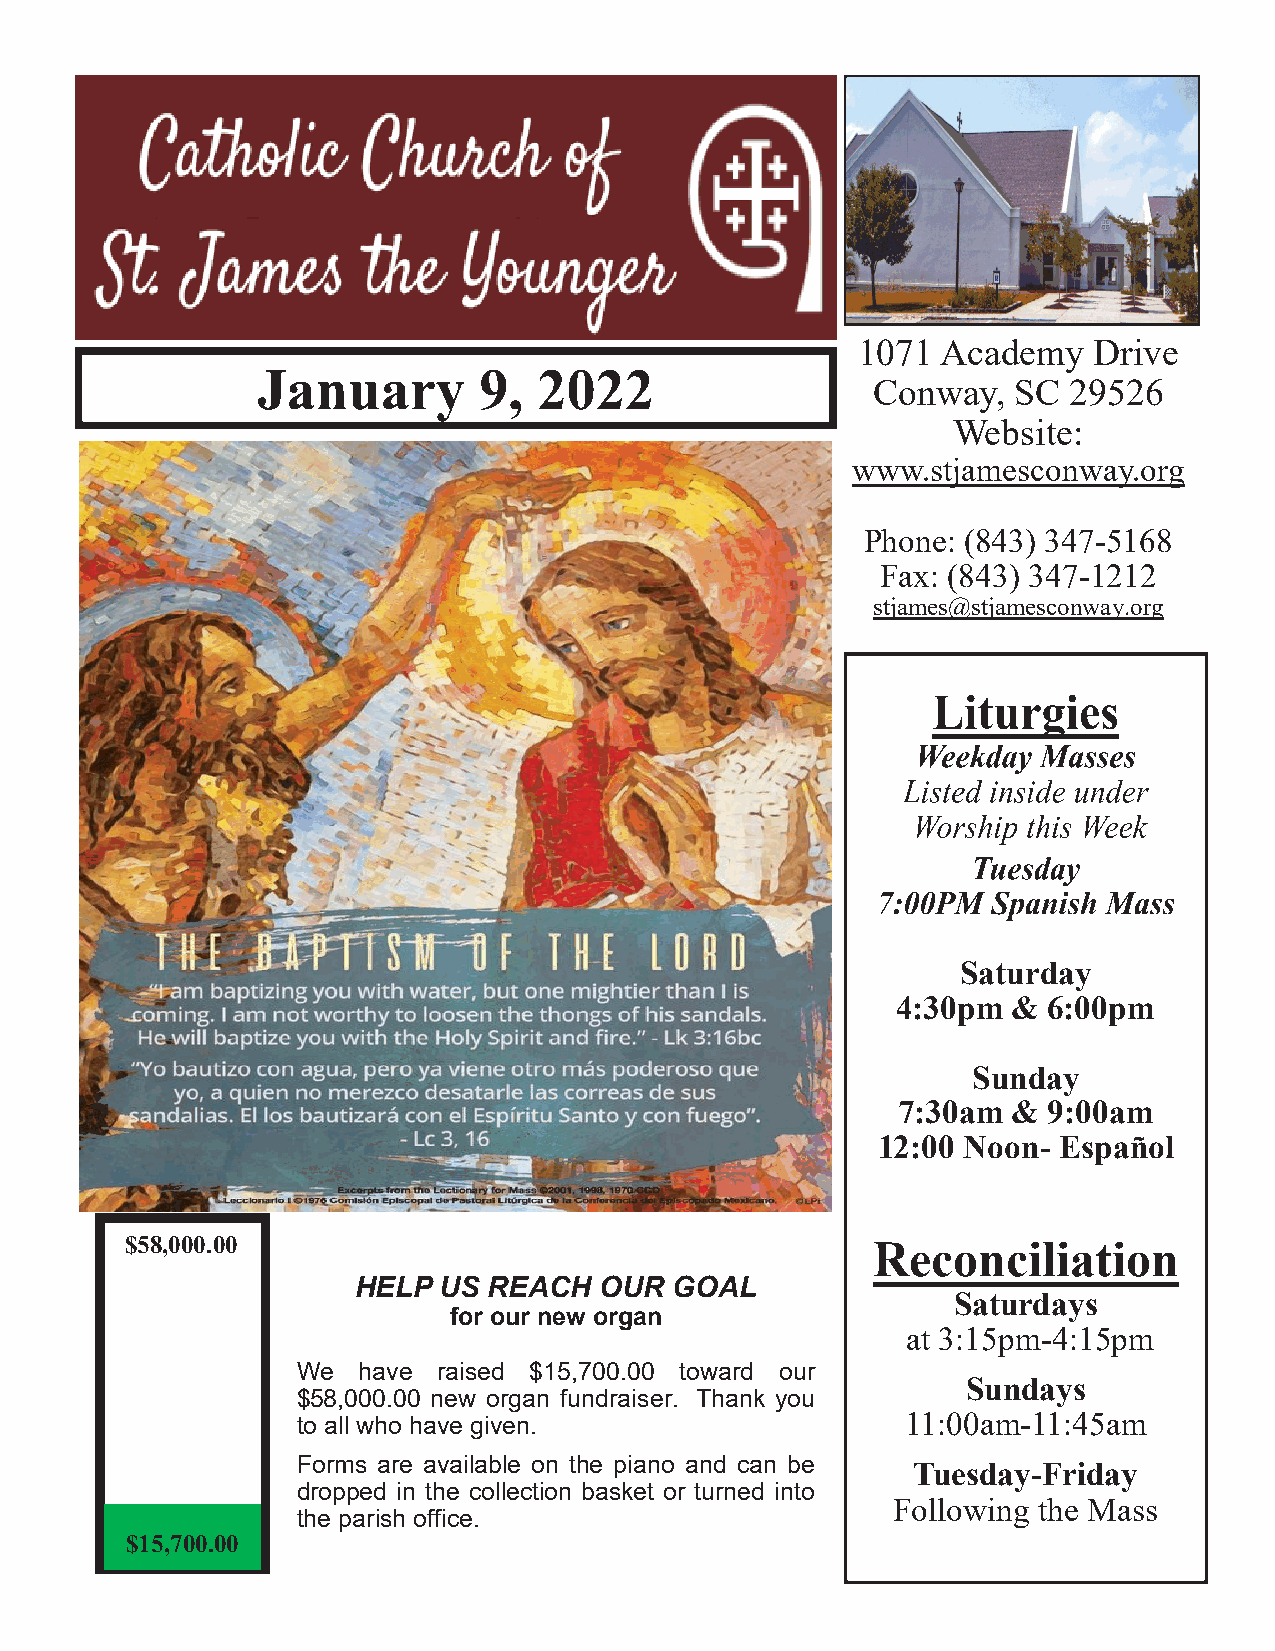
1071 Academy   Drive
 January        9,  2022
 Conway,  SC  29526
 Website:
 www.stjamesconway.org
 Phone: (843) 347-5168
 Fax: (843) 347-1212
 stjames@stjamesconway.org
 Saturday
 4:30pm  & 6:00pm
 Sunday
 7:30am  & 9:00am
 12:00 Noon- Español
 $58,000.00                                        Reconciliation
 HELP  US REACH   OUR  GOAL
 Saturdays
 for our new organ
 at 3:15pm-4:15pm
 We  have raised $15,700.00 toward our
 Sundays
 $58,000.00 new organ fundraiser. Thank you
 to all who have given.                  11:00am-11:45am
 Forms are available on the piano and can be
 Tuesday-Friday
 dropped in the collection basket or turned into
 Following the Mass
 the parish office.
 $15,700.00